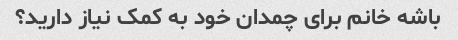
باشه خانم برای چمدان خود به کمک نیاز دارید؟